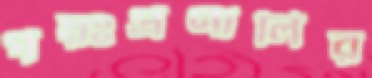
পয়ঃপ্রণালির